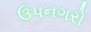
ઉપનગરો